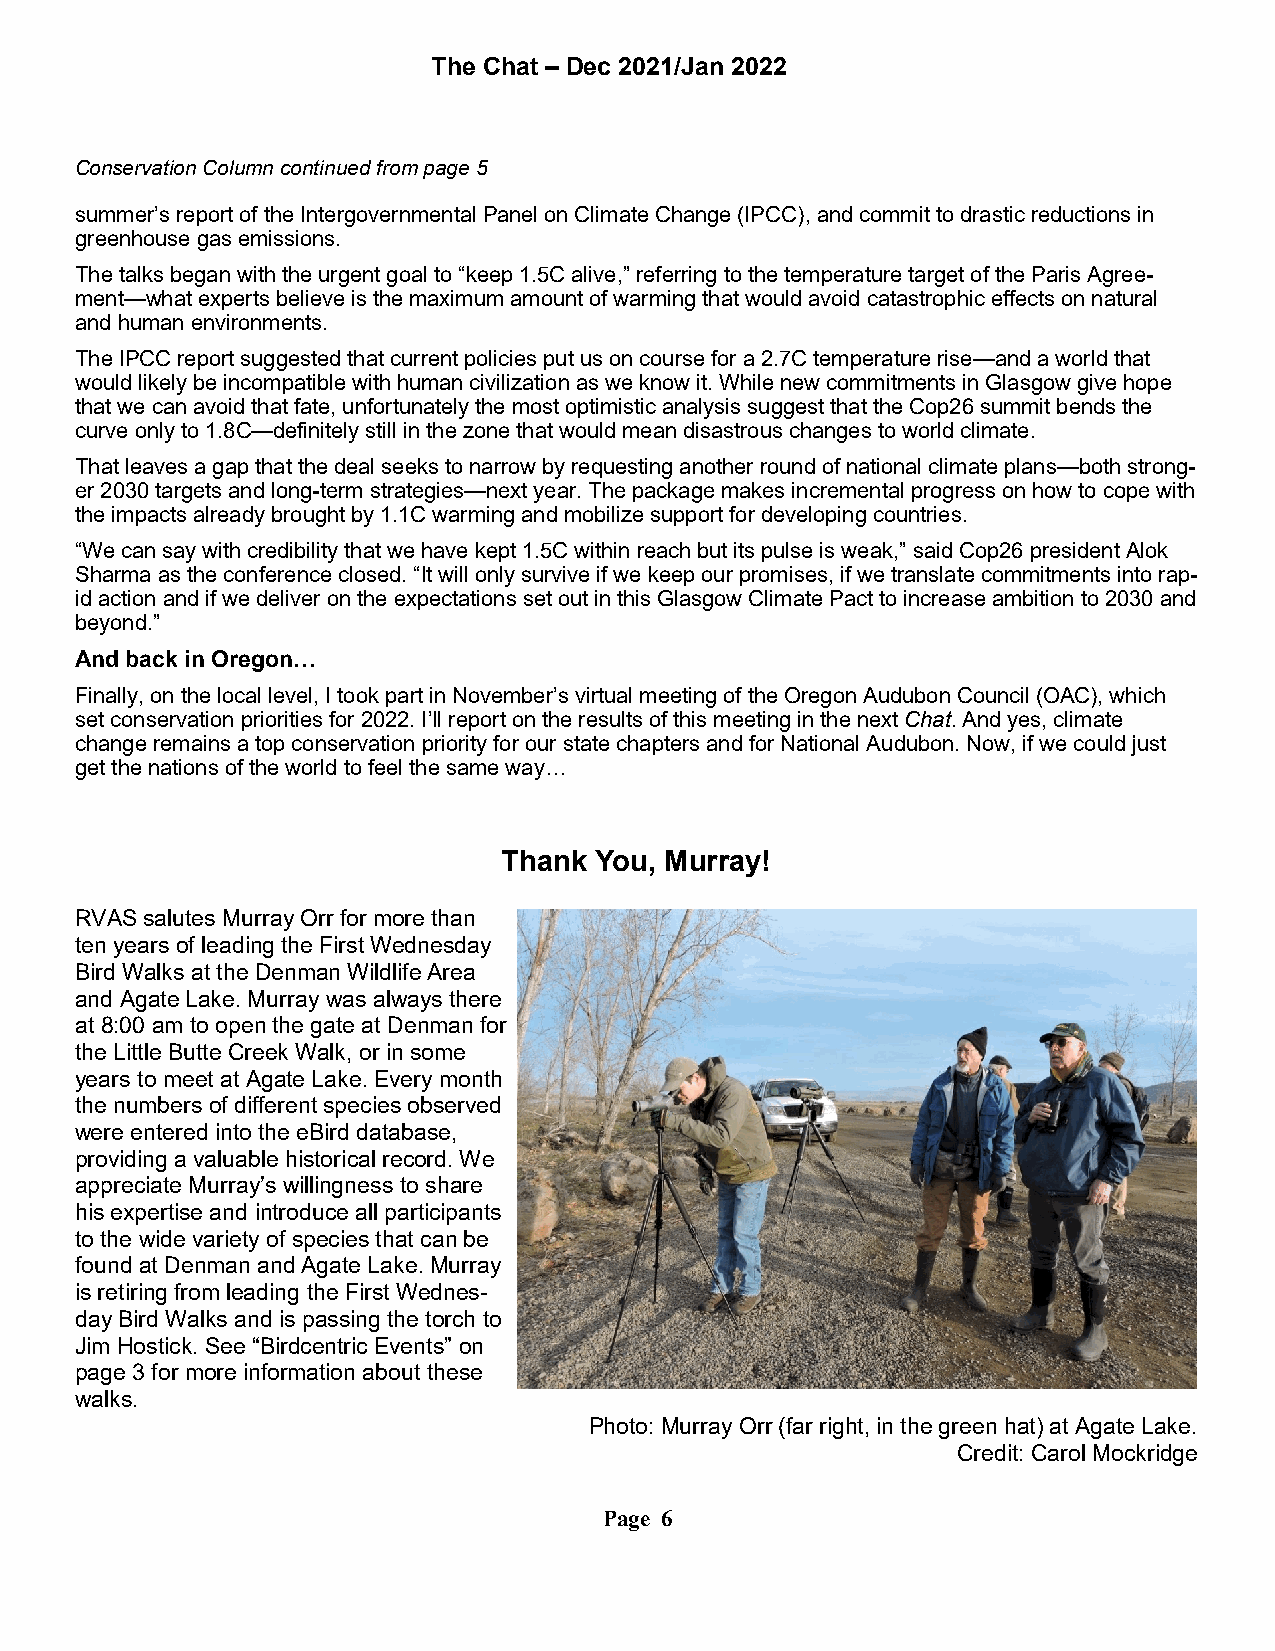
The Chat – Dec 2021/Jan 2022
 Conservation Column continued from page 5
 summer’s report of the Intergovernmental Panel on Climate Change (IPCC), and commit to drastic reductions in
 greenhouse gas emissions.
 The talks began with the urgent goal to “keep 1.5C alive,” referring to the temperature target of the Paris Agree-
 ment—what experts believe is the maximum amount of warming that would avoid catastrophic effects on natural
 and human environments.
 The IPCC report suggested that current policies put us on course for a 2.7C temperature rise—and a world that
 would likely be incompatible with human civilization as we know it. While new commitments in Glasgow give hope
 that we can avoid that fate, unfortunately the most optimistic analysis suggest that the Cop26 summit bends the
 curve only to 1.8C—definitely still in the zone that would mean disastrous changes to world climate.
 That leaves a gap that the deal seeks to narrow by requesting another round of national climate plans—both strong-
 er 2030 targets and long-term strategies—next year. The package makes incremental progress on how to cope with
 the impacts already brought by 1.1C warming and mobilize support for developing countries.
 “We can say with credibility that we have kept 1.5C within reach but its pulse is weak,” said Cop26 president Alok
 Sharma as the conference closed. “It will only survive if we keep our promises, if we translate commitments into rap-
 id action and if we deliver on the expectations set out in this Glasgow Climate Pact to increase ambition to 2030 and
 beyond.”
 And back in Oregon…
 Finally, on the local level, I took part in November’s virtual meeting of the Oregon Audubon Council (OAC), which
 set conservation priorities for 2022. I’ll report on the results of this meeting in the next Chat. And yes, climate
 change remains a top conservation priority for our state chapters and for National Audubon. Now, if we could just
 get the nations of the world to feel the same way…
 Thank You, Murray!
 RVAS salutes Murray Orr for more than
 ten years of leading the First Wednesday
 Bird Walks at the Denman Wildlife Area
 and Agate Lake. Murray was always there
 at 8:00 am to open the gate at Denman for
 the Little Butte Creek Walk, or in some
 years to meet at Agate Lake. Every month
 the numbers of different species observed
 were entered into the eBird database,
 providing a valuable historical record. We
 appreciate Murray’s willingness to share
 his expertise and introduce all participants
 to the wide variety of species that can be
 found at Denman and Agate Lake. Murray
 is retiring from leading the First Wednes-
 day Bird Walks and is passing the torch to
 Jim Hostick. See “Birdcentric Events” on
 page 3 for more information about these
 walks.
 Photo: Murray Orr (far right, in the green hat) at Agate Lake.
 Credit: Carol Mockridge
 Page 6